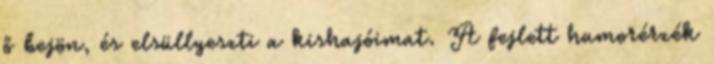
ő bejön, és elsüllyeszti a kishajóimat. A fejlett humorérzék